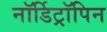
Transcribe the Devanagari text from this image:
नॉर्डिट्रॉपिन